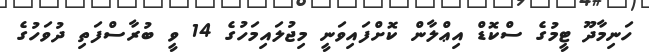
ހަނިމާދޫ ޓީމުގެ ސްކޮޑް އިޢްލާން ކޮށްފައިވަނީ މިޖުލައިމަހުގެ 14 ވީ ބުރާސްފަތި ދުވަހުގެ